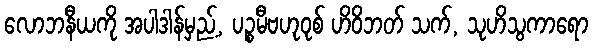
လောဘနီယကို အပါဒါန်မှည့်, ပဉ္စမီဗဟုဝုစ် ဟိဝိဘတ် သက်, သုဟိသွကာရော